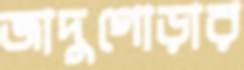
জাদুগোড়ার